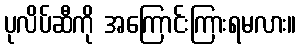
ပုလိပ်ဆီကို အကြောင်းကြားရမလား။